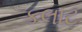
કલાટ